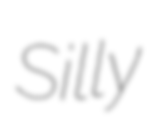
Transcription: Silly